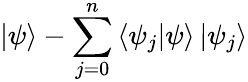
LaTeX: \left|{\psi}\right\rangle-\sum_{j=0}^{n}\left\langle{\psi_{j}}\middle|{\psi}\right\rangle\left|{\psi_{j}}\right\rangle